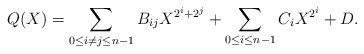
\begin{align*} Q(X) = \sum_{0 \le i \ne j \le n-1} B_{ij} X^{2^i+2^j} + \sum_{0 \le i \le n-1} C_i X^{2^i} + D.\end{align*}